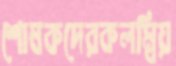
শোষকদেরকলম্বিয়